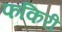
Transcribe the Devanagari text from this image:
फकिरी